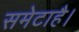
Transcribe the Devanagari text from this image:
समेटाहै।